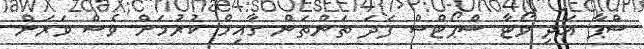
ސްޕާ އަދި ވޯޓާ ސްޕޯޓްސް ފަދަ ތަންތަން ގާއިމް ކުރުމަށް ވެސް ވަރަށް